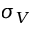
\sigma _ { V }